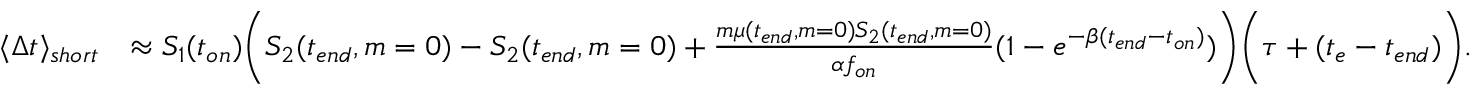
\begin{array} { r l } { \langle \Delta t \rangle _ { s h o r t } } & { \approx S _ { 1 } ( t _ { o n } ) \bigg ( S _ { 2 } ( t _ { e n d } , m = 0 ) - S _ { 2 } ( t _ { e n d } , m = 0 ) + \frac { m \mu ( t _ { e n d } , m = 0 ) S _ { 2 } ( t _ { e n d } , m = 0 ) } { \alpha f _ { o n } } ( 1 - e ^ { - \beta ( t _ { e n d } - t _ { o n } ) } ) \bigg ) \bigg ( \tau + ( t _ { e } - t _ { e n d } ) \bigg ) . } \end{array}